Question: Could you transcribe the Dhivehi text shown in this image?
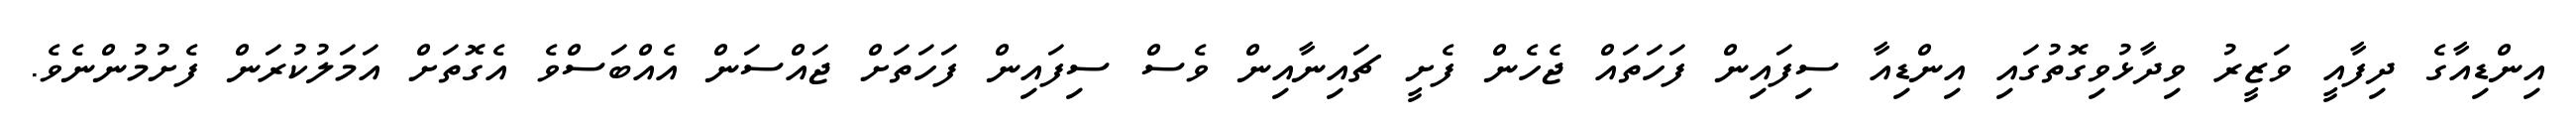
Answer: އިންޑިއާގެ ދިފާއީ ވަޒީރު ވިދާޅުވިގޮތުގައި އިންޑިއާ ސިފައިން ފަހަތައް ޖެހެން ފެށީ ޗައިނާއިން ވެސް ސިފައިން ފަހަތަށް ޖައްސަން އެއްބަސްވެ އެގޮތަށް އަމަލުކުރަން ފެށުމުންނެވެ.